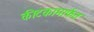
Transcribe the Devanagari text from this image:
कीटकामार्फत